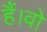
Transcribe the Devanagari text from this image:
हैं।वो